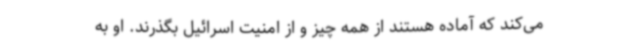
می‌کند که آماده هستند از همه چیز و از امنیت اسرائیل بگذرند. او به